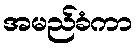
အမည်ခံကာ